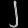
Digit: ၂